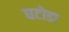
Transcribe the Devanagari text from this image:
घटोडा